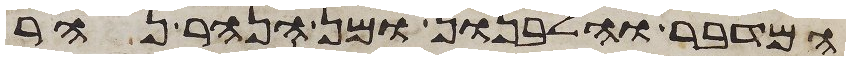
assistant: המדבר והלבנון ומן הנהר נהר